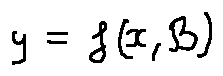
y = f ( x , \beta )